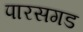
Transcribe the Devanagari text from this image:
पारसगड